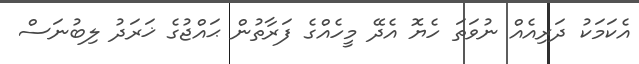
އެކަމަކު ދަރިއެއް ނުވަތަ ހެޔޮ އެދޭ މީހެއްގެ ފަރާތުން ޙައްޖުގެ ޚަރަދު ލިބުނަސް